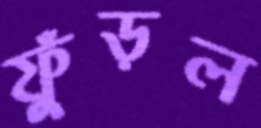
ফুঁড়ল